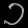
Digit: ၁